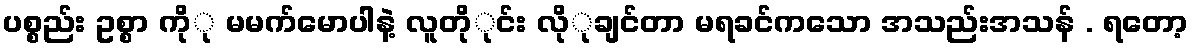
ပစ္စည်း ဥစ္စာ ကိုု မမက်မောပါနဲ့ လူတိုုင်း လိုုချင်တာ မရခင်ကသော အသည်းအသန် . ရတော့